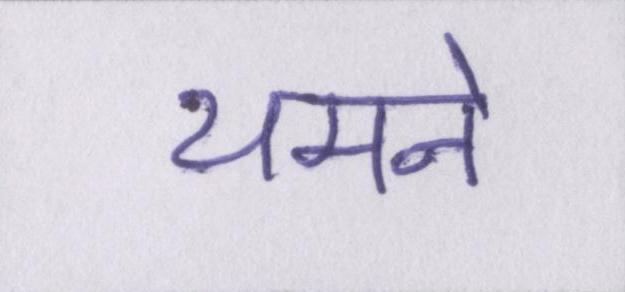
थमने